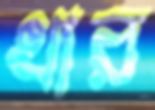
খার